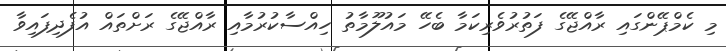
މި ކެމްޕޭންގައި ރާއްޖޭގެ ފަތުރުވެރިކަމާ ބެހޭ މައުލޫމާތު ހިއްސާކުރުމާއި ރާއްޖޭގެ ރަށްތައް އުފެދިފައިވާ